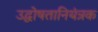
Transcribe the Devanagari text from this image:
उद्घोषतानियंत्रक